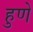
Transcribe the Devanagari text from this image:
हुणे